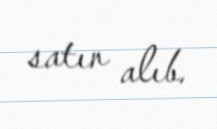
satın alıb.